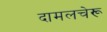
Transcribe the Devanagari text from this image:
दामलचेरू